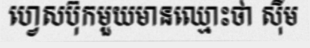
ហ្វេសប៊ុកមួយមានឈ្មោះថា ស៊ីម